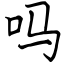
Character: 吗